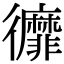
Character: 𢖥